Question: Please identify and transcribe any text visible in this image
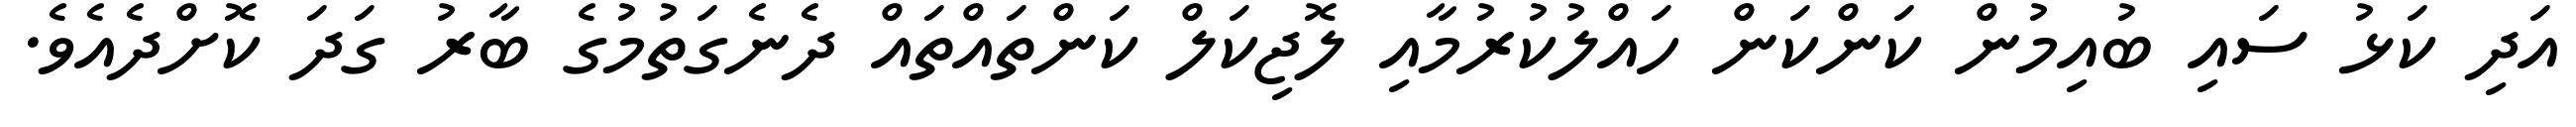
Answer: އަދި ކަޅު ސައި ބުއިމުން ކަންކަން ހައްލުކުރުމާއި ލޮޖިކަލް ކަންތައްތައް ދެނެގަތުމުގެ ބާރު ގަދަ ކޮށްދެއެވެ.